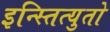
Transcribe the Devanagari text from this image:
इन्स्तित्युतो